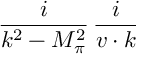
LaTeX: \frac { i } { { k ^ { 2 } } - { M _ { \pi } ^ { 2 } } } \, \frac { i } { v \cdot k }